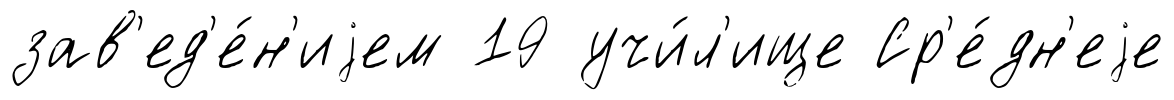
зав'ед'е́н'иjем 19 учи́л'ище Ср'е́дн'еjе